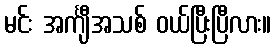
မင်း အင်္ကျီအသစ် ဝယ်ပြီးပြီလား။